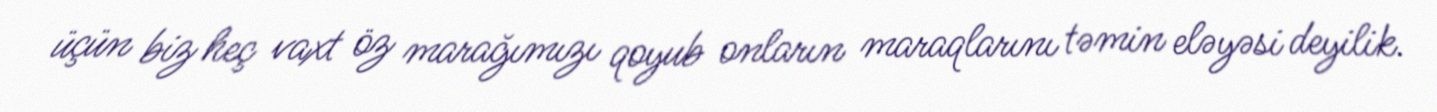
üçün biz heç vaxt öz marağımızı qoyub onların maraqlarını təmin eləyəsi deyilik.